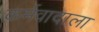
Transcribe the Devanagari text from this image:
कर्मवादाला